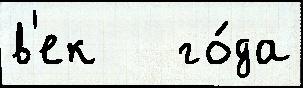
в'ек   го́да